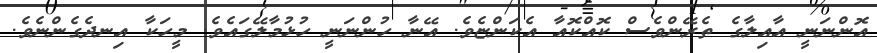
އޮންނަނީ އާއިލާގެ ތެރޭންވެސް ކޮއްކޮއާ އެކަންޏެވެ. އޭނާ ހުންނަނީ ހުޅުމާލޭގައެވެ. މީހަކާ އިނދެގެންނެވެ.